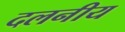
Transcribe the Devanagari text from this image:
दलनीय